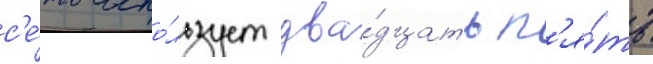
с'е́ть испо́льзует два́дцать п'я́ть